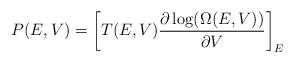
LaTeX: \begin{align*}P(E,V)=\left[T(E,V)\frac{\partial \log(\Omega(E,V))}{\partial V}\right]_E\end{align*}